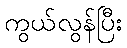
ကွယ်လွန်ပြီး